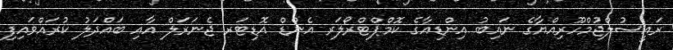
ރައީސުލްޖުމްހޫރިއްޔާގެ ނައިބު އިންޑިއާގެ ކޮމްޕްޓްރޯލަރ އެންޑް އޮޑިޓަރ ޖެނަރަލް އާއި ބައްދަލު ކުރައްވައިފި